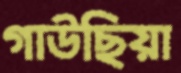
গাউছিয়া